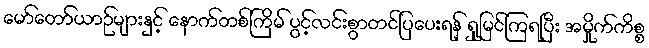
မော်တော်ယာဉ်များနှင့် နောက်တစ်ကြိမ် ပွင့်လင်းစွာတင်ပြပေးရန် ရှုမြင်ကြရပြီး အမှိုက်ကိစ္စ